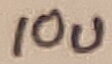
Text: 10u